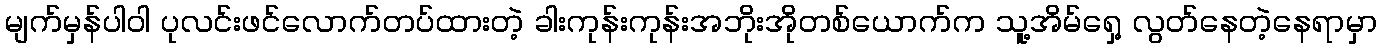
မျက်မှန်ပါဝါ ပုလင်းဖင်လောက်တပ်ထားတဲ့ ခါးကုန်းကုန်းအဘိုးအိုတစ်ယောက်က သူ့အိမ်ရှေ့ လွတ်နေတဲ့နေရာမှာ